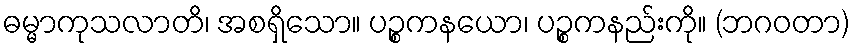
ဓမ္မာကုသလာတိ၊ အစရှိသော။ ပဉ္စကနယော၊ ပဉ္စကနည်းကို။ (ဘဂဝတာ)